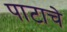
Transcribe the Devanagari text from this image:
पाटाचे